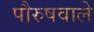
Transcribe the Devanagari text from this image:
पौरुषवाले